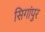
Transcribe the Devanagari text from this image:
सिगांपुर